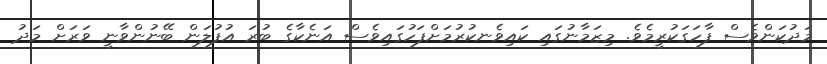
މަދުކަންވެސް ފާހަގަކުރީމެވެ. މިޒަމާނުގައި ކައިވެނކުރުމަށްފަހުގައިވެސް އަނެކާގެ ބުރަ އުފުލަން ބޭނުންވާނީ ވަރަށް މަދު